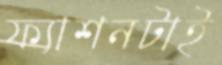
ফ্যাশনটাই